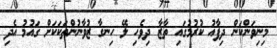
މިނިވަންކަން ދިފާއު ކުރުމުގައި ތާޒާ ދިވެހި ލޭ ހިނގާ ޒުވާނުންތަކަކަށް ގައުމު އެދި